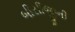
બીસીજીની